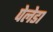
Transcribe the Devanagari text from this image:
पेलेडा